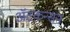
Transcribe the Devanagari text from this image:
ॲटकन्सन